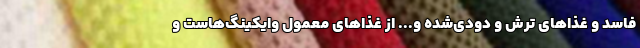
فاسد و غذاهای ترش و دودی‌شده و... از غذاهای معمول وایکینگ‌هاست و